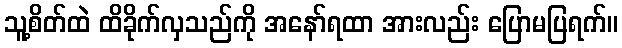
သူ့စိတ်ထဲ ထိခိုက်လှသည်ကို အနော်ရထာ အားလည်း ပြောမပြရက်။